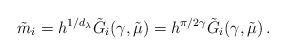
\begin{align*}\tilde{m}_{i}=h^{1/d_{\lambda}}\tilde{G}_{i}(\gamma,\tilde{\mu})=h^{\pi/2\gamma}\tilde{G}_{i}(\gamma,\tilde{\mu})\, .\end{align*}